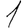
Digit: 1